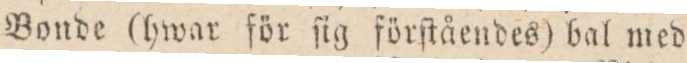
Bonde (hwar för ſig förſtåendes) bal med